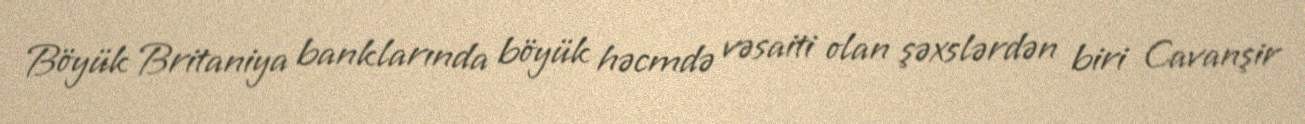
Böyük Britaniya banklarında böyük həcmdə vəsaiti olan şəxslərdən biri Cavanşir